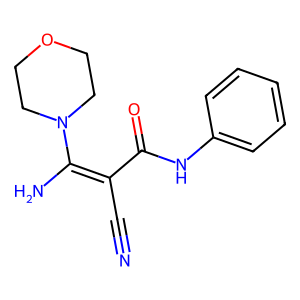
SMILES: N#CC(C(=O)Nc1ccccc1)=C(N)N1CCOCC1
Inhibits HIV replication: No